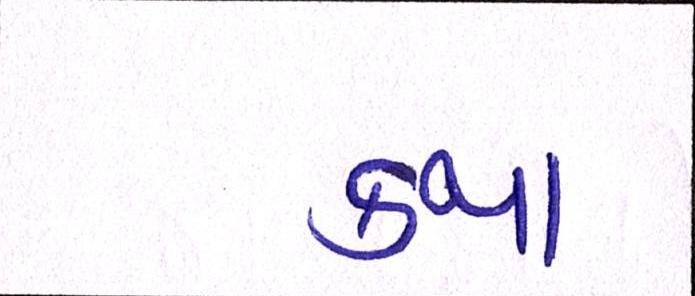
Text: કથા